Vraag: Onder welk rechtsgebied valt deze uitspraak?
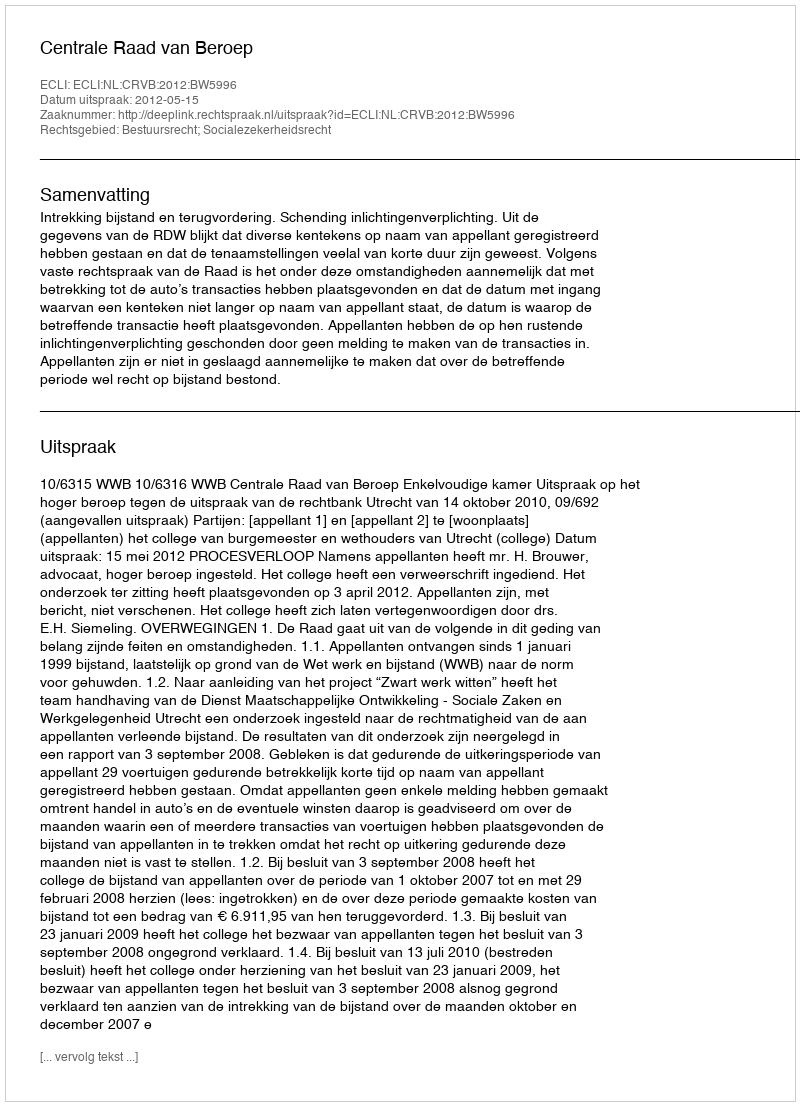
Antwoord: Bestuursrecht; Socialezekerheidsrecht